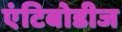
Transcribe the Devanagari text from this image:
एंटिबोडीज